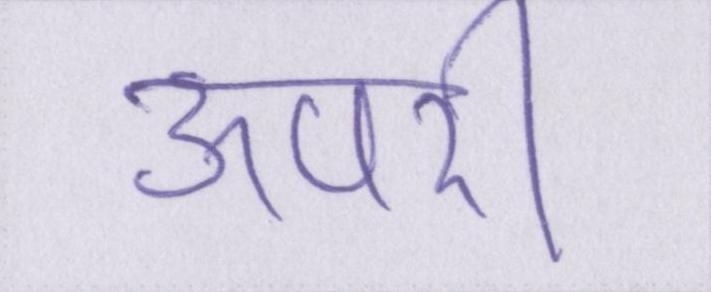
ऊपरी